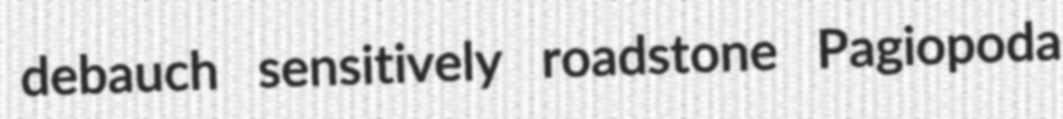
debauch sensitively roadstone Pagiopoda